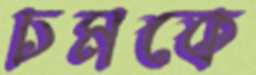
চমকে